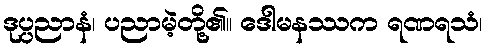
ဒုပ္ပညာနံ၊ ပညာမဲ့တို့၏။ ဒေါမနဿက ရဏရသံ၊